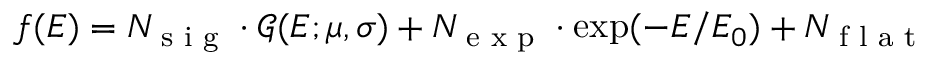
f ( E ) = N _ { \textrm { s i g } } \cdot \mathcal { G } ( E ; \mu , \sigma ) + N _ { \textrm { e x p } } \cdot \exp ( - E / E _ { 0 } ) + N _ { \textrm { f l a t } }